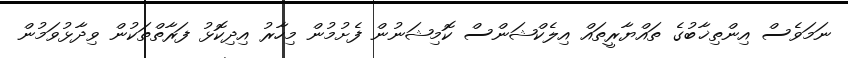
ނަމަވެސް އިންތިޚާބުގެ ތައްޔާރީތައް އިލެކްޝަންސް ކޮމިޝަނުން ފެށުމުން މިހާރު އިދިކޮޅު ފަރާތްތަކުން ވިދާޅުވަމުން